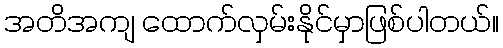
အတိအကျ ထောက်လှမ်းနိုင်မှာဖြစ်ပါတယ်။